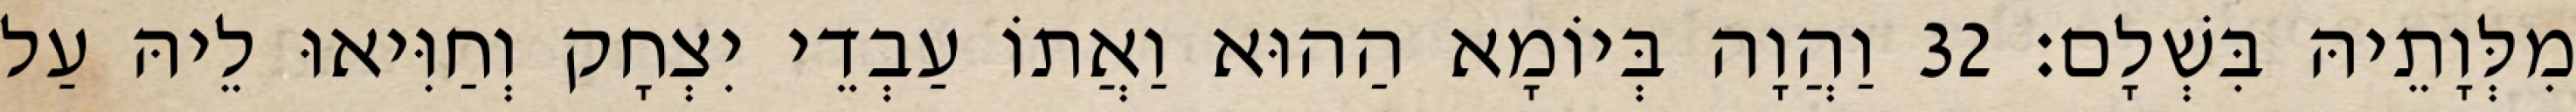
מִלְּוָתֵיהּ בִּשְׁלָם׃ 32 וַהֲוָה בְּיוֹמָא הַהוּא וַאֲתוֹ עַבְדֵי יִצְחָק וְחַוִּיאוּ לֵיהּ עַל